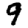
Digit: 9